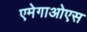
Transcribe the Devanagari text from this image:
एमेगाओएस